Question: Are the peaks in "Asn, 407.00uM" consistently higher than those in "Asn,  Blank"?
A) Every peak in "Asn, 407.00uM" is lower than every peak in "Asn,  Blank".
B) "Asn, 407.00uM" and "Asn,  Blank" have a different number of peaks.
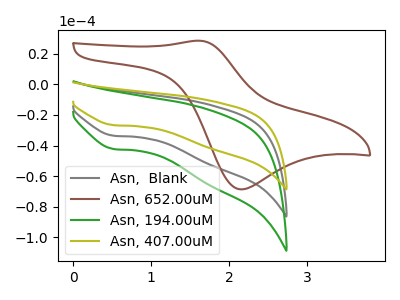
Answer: <think>The gray curve "Asn,  Blank" has a cathodic peak at: (0.50V, -33.60uA). The brown curve "Asn, 652.00uM" has an anodic peak at (1.60V, 28.65uA) and a cathodic peak at (2.15V, -68.75uA). The green curve "Asn, 194.00uM" has a cathodic peak at: (0.50V, -67.15uA). The olive curve "Asn, 407.00uM" has a cathodic peak at: (0.50V, -26.65uA).</think>
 <answer>A) Every peak in "Asn, 407.00uM" is lower than every peak in "Asn,  Blank".</answer>
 <eval>A</eval>